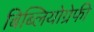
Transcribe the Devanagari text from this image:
बिब्लियोग्रेफी